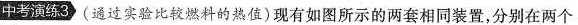
中考演练3 (通过实验比较燃料的热值)现有如图所示的两套相同装置，分别在两个